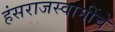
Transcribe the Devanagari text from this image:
हंसराजस्वामींचे